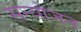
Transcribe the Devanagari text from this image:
सन्योजन